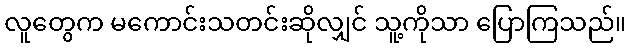
လူတွေက မကောင်းသတင်းဆိုလျှင် သူ့ကိုသာ ပြောကြသည်။